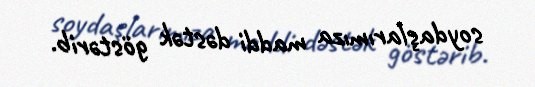
soydaşlarımıza maddi dəstək göstərib.